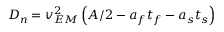
D _ { n } = v _ { E M } ^ { 2 } \left( A / 2 - a _ { f } t _ { f } - a _ { s } t _ { s } \right)